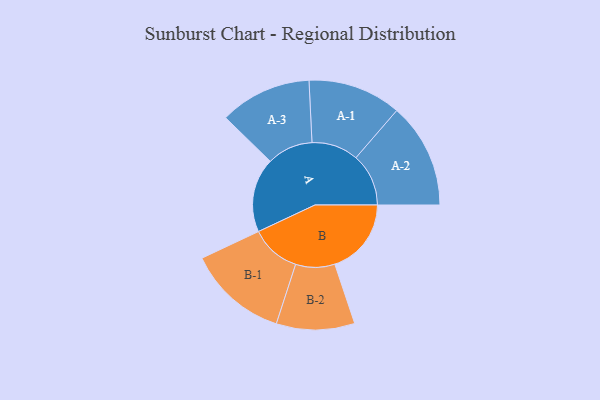
{"axis": {"x": "Segment", "y": "Value"}, "legend": ["", "A", "B"], "data": [{"x": "A", "y": 414, "type": ""}, {"x": "B", "y": 426, "type": ""}, {"x": "A-1", "y": 260, "type": "A"}, {"x": "A-2", "y": 293, "type": "A"}, {"x": "A-3", "y": 256, "type": "A"}, {"x": "B-1", "y": 279, "type": "B"}, {"x": "B-2", "y": 218, "type": "B"}]}